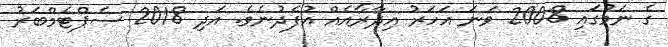
ގެ ނަމުގައި 2008 ވަނަ އަހަރު އިދާރާއެއް އުފެދުނެވެ. އަދި 2018 ސެޕްޓެމްބަރު